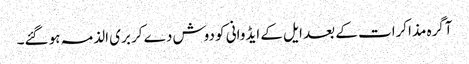
آگرہ مذاکرات کے بعد ایل کے ایڈوانی کو دوش دے کر بری الذمہ ہو گئے۔